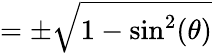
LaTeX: =\pm{\sqrt{1-\sin^{2}(\theta)}}